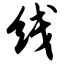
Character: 线